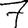
Digit: 7